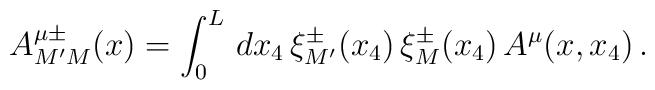
A^{\mu\pm}_{M'M}(x)= \int_0^L\,dx_4\,\xi_{M'}^\pm(x_4) \,\xi_M^\pm(x_4)\,A^\mu(x,x_4)\,.